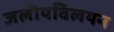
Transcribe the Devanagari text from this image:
जलीयविलयन